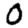
Digit: 0